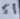
Text: S1